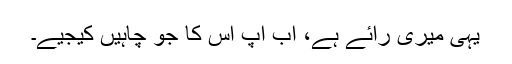
یہی میری رائے ہے، اب آپ اس کا جو چاہیں کیجیے۔